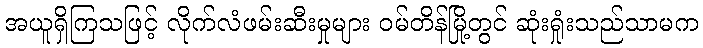
အယူရှိကြသဖြင့် လိုက်လံဖမ်းဆီးမှုများ ဝမ်တိန်မြို့တွင် ဆုံးရှုံးသည်သာမက